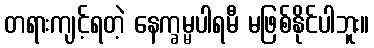
တရားကျင့်ရတဲ့ နေက္ခမ္မပါရမီ မဖြစ်နိုင်ပါဘူး။